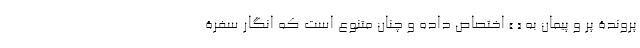
پروندۀ پُر و پیمان به « » اختصاص داده و چنان متنوع است که انگار سفرۀ